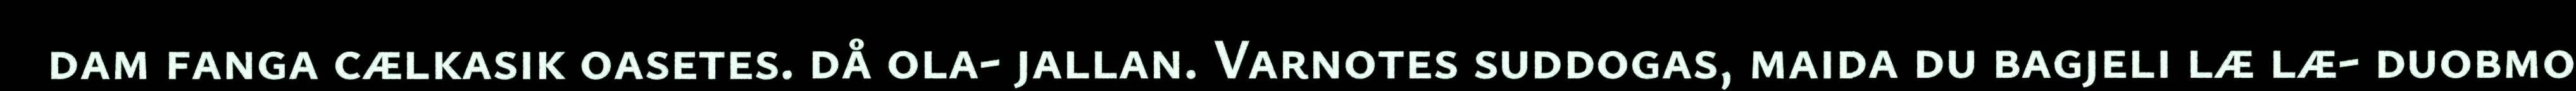
dam fanga cælkasik oasetes. då ola- jallan. Varnotes suddogas, maida du bagjeli læ læ- duobmo